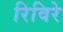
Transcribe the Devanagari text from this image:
रिविरे